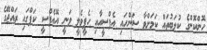
ހޮންކޮންގެ ކުލަބުތައް ކަމަށްވާ ސަންހައި އެފްސީއާއި ހެޕީވެލީ ވަނީ އޭއެފްސީ ކަޕްގައި ރައްޖޭގެ